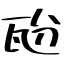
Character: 瓰